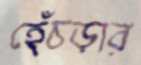
হেঁচড়ার